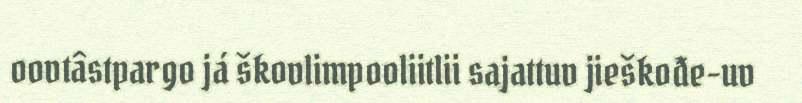
oovtâstpargo já škovlimpooliitlii sajattuv jieškođe-uv